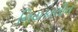
નિયકાલીન